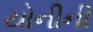
યોનીની